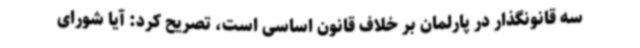
سه قانونگذار در پارلمان بر خلاف قانون اساسی است، تصریح کرد: آیا شورای